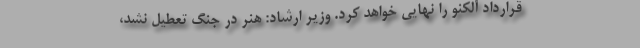
قرارداد آلکنو را نهایی خواهد کرد. وزیر ارشاد: هنر در جنگ تعطیل نشد،